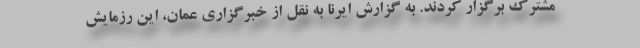
مشترک برگزار کردند. به گزارش ایرنا به نقل از خبرگزاری عمان، این رزمایش